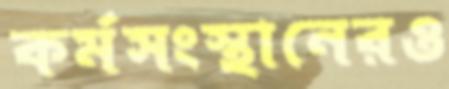
কর্মসংস্থানেরও